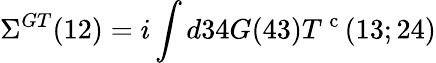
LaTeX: \Sigma^{GT}(12)=i\int d34G(43)T^{\mathrm{~c~}}(13;24)